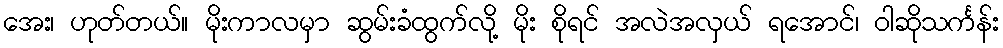
အေး၊ ဟုတ်တယ်။ မိုးကာလမှာ ဆွမ်းခံထွက်လို့ မိုး စိုရင် အလဲအလှယ် ရအောင်၊ ဝါဆိုသင်္ကန်း